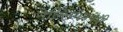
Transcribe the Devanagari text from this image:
नेल्लियमपथी